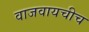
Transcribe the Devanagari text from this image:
वाजवायचीच